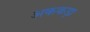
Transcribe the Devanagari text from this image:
अककड़ा